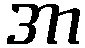
အာ